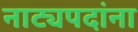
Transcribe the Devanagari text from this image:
नाट्यपदांना